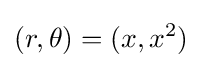
(r,\theta )=(x,x^{2})